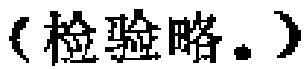
（检验略。）